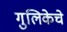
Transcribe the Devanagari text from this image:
गुलिकेचे